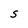
Character: S